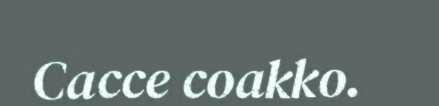
Cacce coakko.